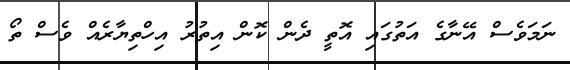
ނަމަވެސް އޭނާގެ އަތުގައި އޮތީ ދެން ކޮން އިތުރު އިހްތިޔާރެއް ވެސް ތޯ